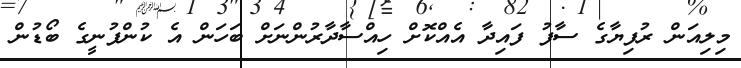
މިލިއަން ރުފިޔާގެ ސާފު ފައިދާ އެއްކޮށް ހިއްސާދާރުންނަށް ބަހަން އެ ކުންފުނީގެ ބޯޑުން